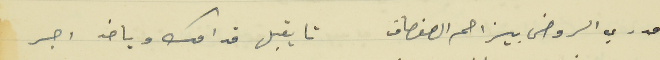
مدري الروض بيزاحم الصفصاف                                    تا يقبل قدامك وياخد اجر